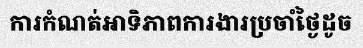
ការកំណត់អាទិភាពការងារប្រចាំថ្ងៃដូច